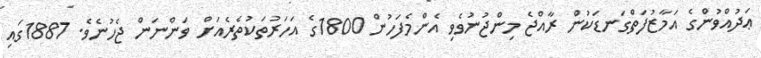
ޢަދުއްވުންގެ އަމާޒުފަތްގަނޑަކުން ރާއްޖެ މިންޖުނުވެވި އެންމެފަހުން 1800ގެ އަހަރުތަކުތެރެއަށް ވަންނަން ޖެހުނެވެ. 1887ގައި